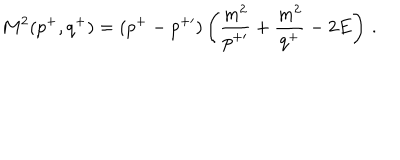
LaTeX: M ^ { 2 } ( p ^ { + } , q ^ { + } ) = ( p ^ { + } - p ^ { + \prime } ) \left( { \frac { m ^ { 2 } } { p ^ { + \prime } } } + { \frac { m ^ { 2 } } { q ^ { + } } } - 2 E \right) \, .